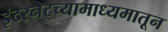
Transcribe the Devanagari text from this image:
इंटरनेटच्यामाध्यमातून